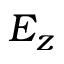
E _ { z }